Civil Veterinary Department Bihar reports 1940-50 - 1940-1950
Year: 1940
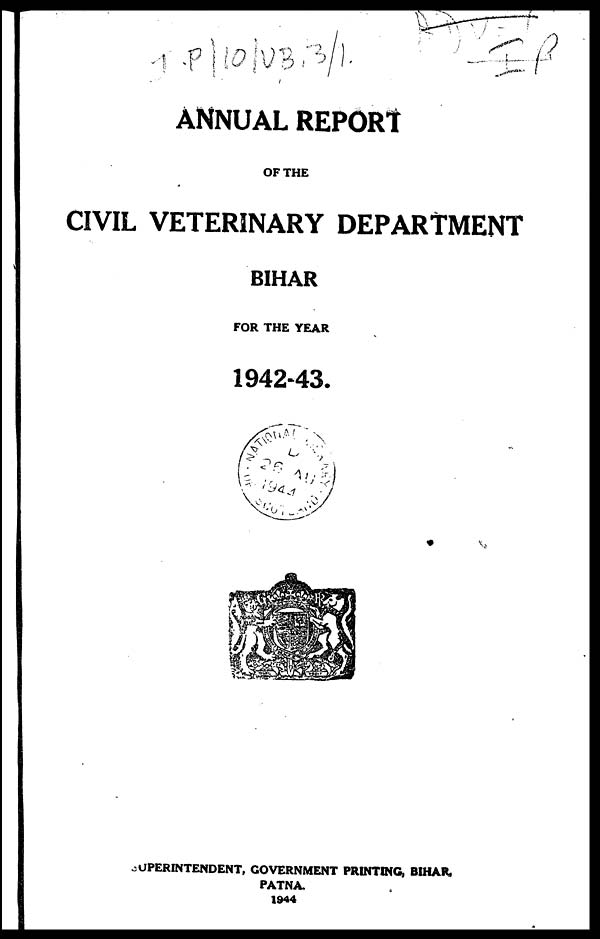
ANNUAL REPORT
OF THE
CIVIL VETERINARY DEPARTMENT
BIHAR
FOR THE YEAR
1942-43.
SUPERINTENDENT, GOVERNMENT PRINTING, BIHAR,
PATNA.
1944